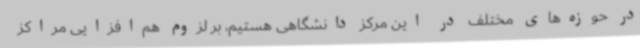
در حوزه‌های مختلف در این مرکز دانشگاهی هستیم، بر لزوم هم‌افزایی مراکز